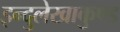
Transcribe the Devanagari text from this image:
इन्दुलेखाकुण्ड